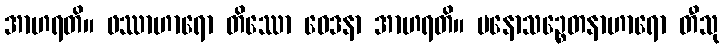
အာဟရတိ။ ဖဿာဟာရော တိဿော ဝေဒနာ အာဟရတိ။ မနောသဉ္စေတနာဟာရော တီသု